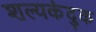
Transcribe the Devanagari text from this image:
शल्यकंदुक